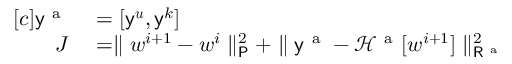
\begin{array} { r l } { [ c ] \mathsf { y } ^ { \mathrm { ~ a ~ } } } & { { } = [ \mathsf { y } ^ { \boldsymbol { u } } , \mathsf { y } ^ { k } ] } \\ { J } & { { } = \parallel \boldsymbol { w } ^ { i + 1 } - \boldsymbol { w } ^ { i } \parallel _ { \mathsf { P } } ^ { 2 } + \parallel \mathsf { y } ^ { \mathrm { ~ a ~ } } - \mathcal { H } ^ { \mathrm { ~ a ~ } } [ \boldsymbol { w } ^ { i + 1 } ] \parallel _ { \mathsf { R } ^ { \mathrm { ~ a ~ } } } ^ { 2 } } \end{array}